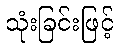
သုံးခြင်းဖြင့်